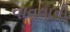
વાવવાની